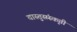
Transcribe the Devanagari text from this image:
वास्तुसंस्कृती